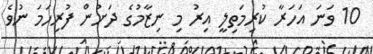
10 ވަނަ އަހަރާ ކުރިމަތިލީ އިރު މި ނިޒާމުގެ ދަށުން ފުރިހަމަ ނުވެ